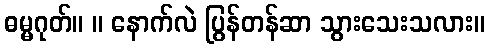
ဓမ္မဂုတ်။ ။ နောက်လဲ ပြွန်တန်ဆာ သွားသေးသလား။